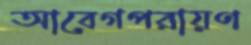
আবেগপরায়ণ